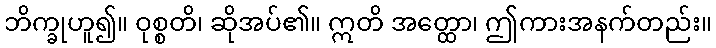
ဘိက္ခုဟူ၍။ ဝုစ္စတိ၊ ဆိုအပ်၏။ ဣတိ အတ္ထော၊ ဤကားအနက်တည်း။